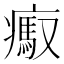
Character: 𤺶